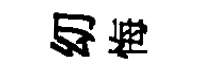
㓜悔